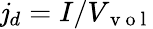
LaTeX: \mathit{j}_{d}=I/V_{\mathrm{{~v~o~l~}}}